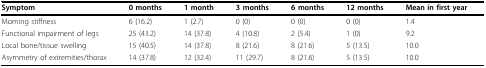
| Symptom | 0 months | 1 month | 3 months | 6 months | 12 months | Mean in first year |
 | --- | --- | --- | --- | --- | --- | --- |
 | Morning stiffness | 6 (16.2) | 1 (2.7) | 0 (0) | 0 (0) | 0 (0) | 1.4 |
 | Functional impairment of legs | 25 (43.2) | 14 (37.8) | 4 (10.8) | 2 (5.4) | 1 (0) | 9.2 |
 | Local bone/tissue swelling | 15 (40.5) | 14 (37.8) | 8 (21.6) | 8 (21.6) | 5 (13.5) | 10.0 |
 | Asymmetry of extremities/thorax | 14 (37.8) | 12 (32.4) | 11 (29.7) | 8 (21.6) | 5 (13.5) | 10.0 |